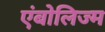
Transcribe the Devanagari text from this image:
एंबोलिज्म